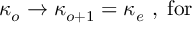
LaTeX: \kappa _ { o } \rightarrow \kappa _ { o + 1 } = \kappa _ { e } \, \, , \; \mathrm { f o r ~ }